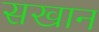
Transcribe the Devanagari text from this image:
सखान